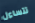
تتساءل